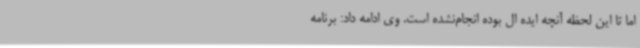
اما تا این لحظه آنچه ایده ال بوده انجام‌نشده است. وی ادامه داد: برنامه